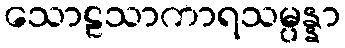
သောဠသာကာရသမ္ပန္နာ